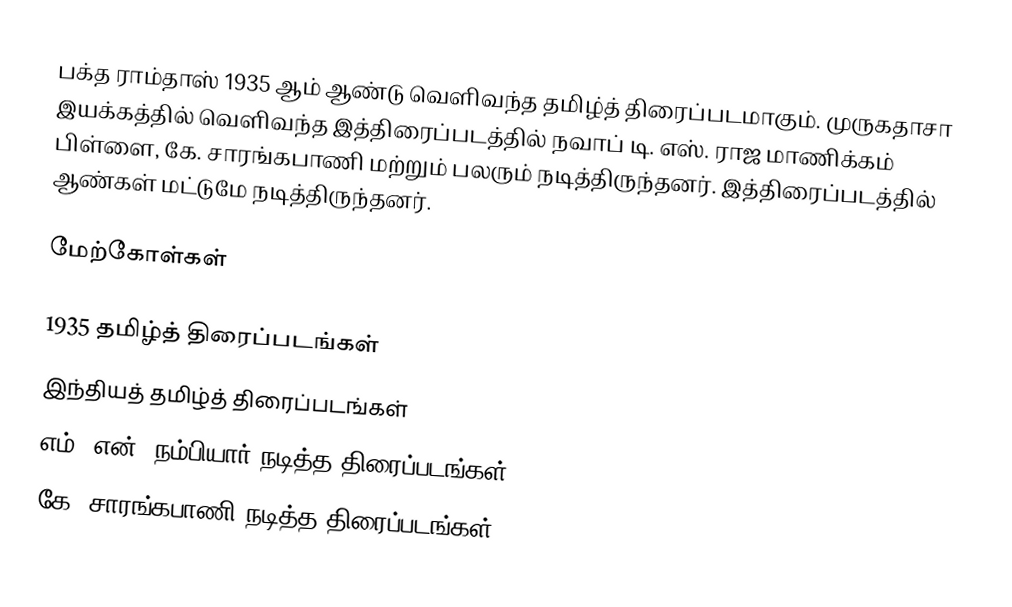
பக்த ராம்தாஸ் 1935 ஆம் ஆண்டு வெளிவந்த தமிழ்த் திரைப்படமாகும். முருகதாசா இயக்கத்தில் வெளிவந்த இத்திரைப்படத்தில் நவாப் டி. எஸ். ராஜ மாணிக்கம் பிள்ளை, கே. சாரங்கபாணி மற்றும் பலரும் நடித்திருந்தனர். இத்திரைப்படத்தில் ஆண்கள் மட்டுமே நடித்திருந்தனர்.

மேற்கோள்கள்

1935 தமிழ்த் திரைப்படங்கள்
இந்தியத் தமிழ்த் திரைப்படங்கள்
எம். என். நம்பியார் நடித்த திரைப்படங்கள்
கே. சாரங்கபாணி நடித்த திரைப்படங்கள்